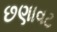
છણાવટ